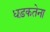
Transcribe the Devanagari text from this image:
धड़कतेना